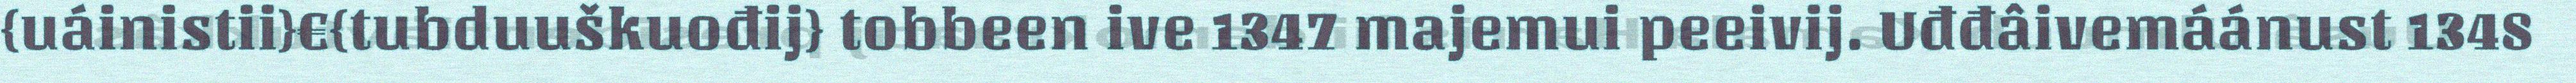
{uáinistii}€{tubduuškuođij} tobbeen ive 1347 majemui peeivij. Uđđâivemáánust 1348